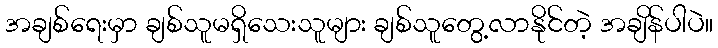
အချစ်ရေးမှာ ချစ်သူမရှိသေးသူများ ချစ်သူတွေ့လာနိုင်တဲ့ အချိန်ပါပဲ။